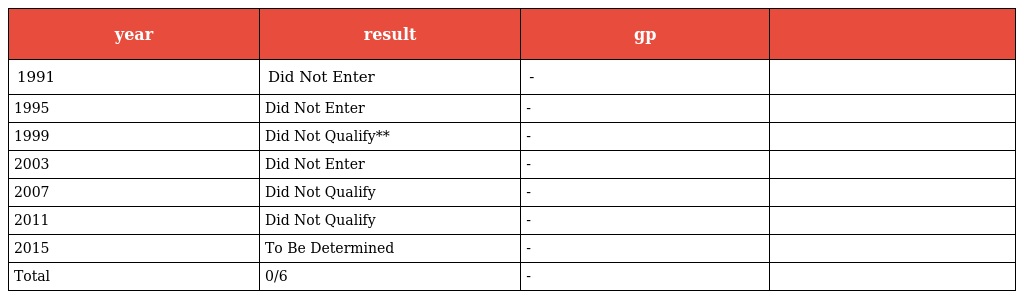
| year | result | gp |  |
 | --- | --- | --- | --- |
 | 1991 | Did Not Enter | - |  |
 | 1995 | Did Not Enter | - |  |
 | 1999 | Did Not Qualify** | - |  |
 | 2003 | Did Not Enter | - |  |
 | 2007 | Did Not Qualify | - |  |
 | 2011 | Did Not Qualify | - |  |
 | 2015 | To Be Determined | - |  |
 | Total | 0/6 | - |  |